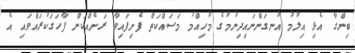
ބިންގާ އެޅި އިލުމު އުނގަންނައިދިނުމުގެ މުހިއްމު މަސައްކަތް ފެށިފައިވާ ރަށެއްކަން ފާހަގަކުރައްވައި އެ